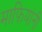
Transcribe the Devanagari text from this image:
माफ़ियांनी